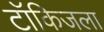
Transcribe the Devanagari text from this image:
टॉकिजला